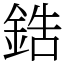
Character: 鋯